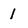
Character: 1